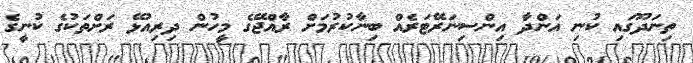
ތިނަދޫގައި ކުނި އަންދާ އިންސިނަރޭޓަރެއް ބިނާކުރުމަށް ރާއްޖޭގެ މީހުން ދިރިއުޅޭ ރަށްތަކުގެ ކުނީގެ